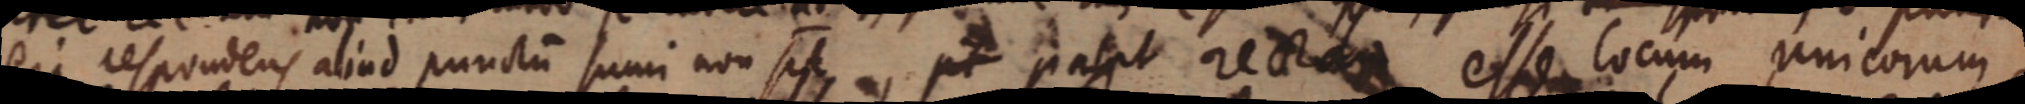
eique respondens aliud punctum sumi non pt, pt patet recta esse locum unicorum